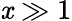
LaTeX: \mathit{x}\gg1